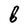
Character: B